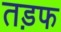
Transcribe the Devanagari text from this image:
तड़फ